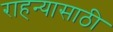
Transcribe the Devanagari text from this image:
राहन्यासाठी